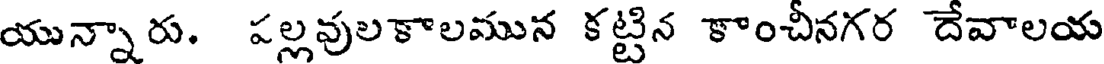
యున్నారు. పల్లవులకాలమున కట్టిన కాంచీనగర దేవాలయ